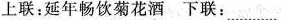
上联：延年畅饮菊花酒下联：.........